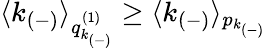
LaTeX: \langle k_{(-)}\rangle_{q_{k_{(-)}}^{(1)}}\geq\langle k_{(-)}\rangle_{p_{k_{(-)}}}